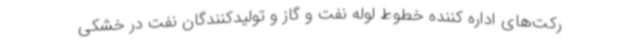
رکت‌های اداره کننده خطوط لوله نفت و گاز و تولیدکنندگان نفت در خشکی